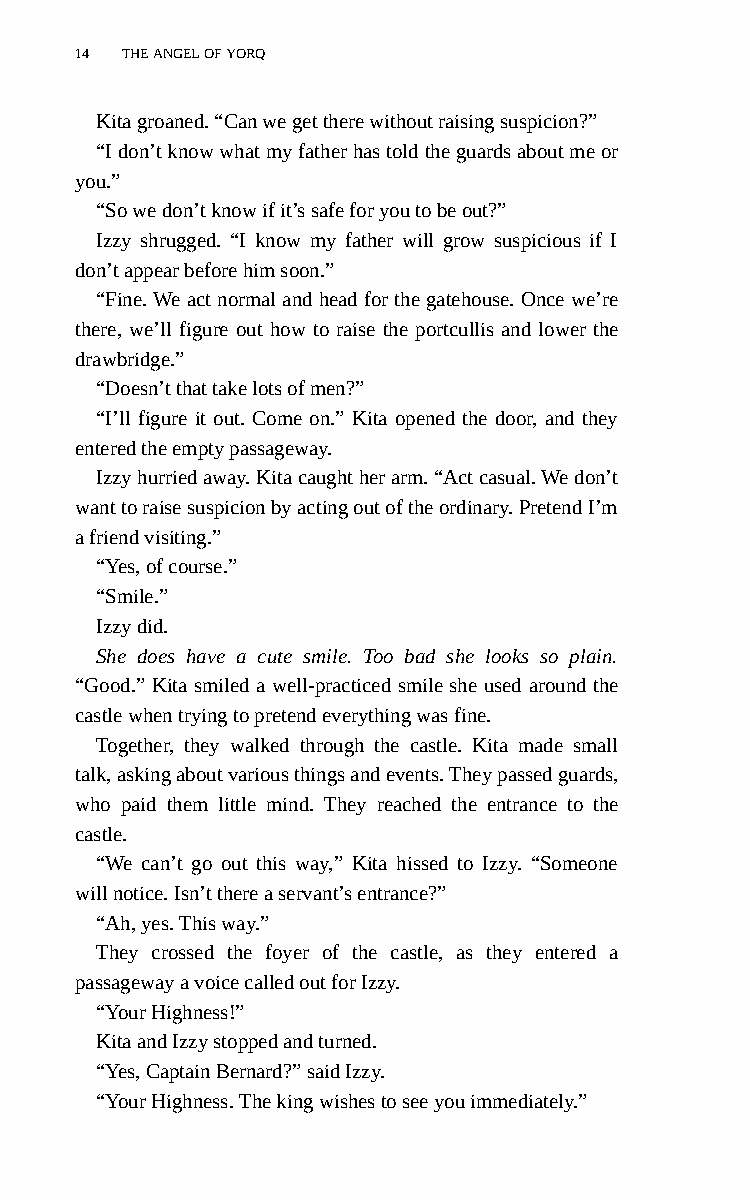
14 THE ANGEL OF YORQ
 Kita groaned. “Can we get there without raising suspicion?”
 “I don’t know what my father has told the guards about me or
 you.”
 “So we don’t know if it’s safe for you to be out?”
 Izzy shrugged. “I know my father will grow suspicious if I
 don’t appear before him soon.”
 “Fine. We act normal and head for the gatehouse. Once we’re
 there, we’ll figure out how to raise the portcullis and lower the
 drawbridge.”
 “Doesn’t that take lots of men?”
 “I’ll figure it out. Come on.” Kita opened the door, and they
 entered the empty passageway.
 Izzy hurried away. Kita caught her arm. “Act casual. We don’t
 want to raise suspicion by acting out of the ordinary. Pretend I’m
 a friend visiting.”
 “Yes, of course.”
 “Smile.”
 Izzy did.
 She does have a cute smile. Too bad she looks so plain.
 “Good.” Kita smiled a well-practiced smile she used around the
 castle when trying to pretend everything was fine.
 Together, they walked through the castle. Kita made small
 talk, asking about various things and events. They passed guards,
 who paid them little mind. They reached the entrance to the
 castle.
 “We can’t go out this way,” Kita hissed to Izzy. “Someone
 will notice. Isn’t there a servant’s entrance?”
 “Ah, yes. This way.”
 They crossed the foyer of the castle, as they entered a
 passageway a voice called out for Izzy.
 “Your Highness!”
 Kita and Izzy stopped and turned.
 “Yes, Captain Bernard?” said Izzy.
 “Your Highness. The king wishes to see you immediately.”